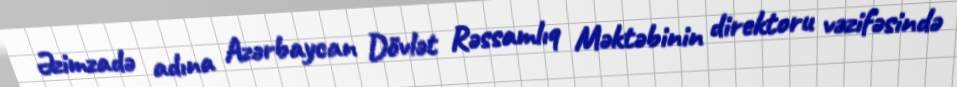
Əzimzadə adına Azərbaycan Dövlət Rəssamlıq Məktəbinin direktoru vəzifəsində